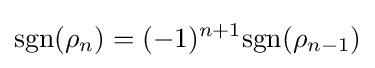
{\mbox{sgn}}(\rho _{n})=(-1)^{n+1}{\mbox{sgn}}(\rho _{n-1})